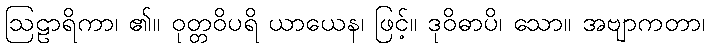
ဩဠာရိကာ၊ ၏။ ဝုတ္တဝိပရိ ယာယေန၊ ဖြင့်။ ဒုဝိဓာပိ၊ သော။ အဗျာကတာ၊